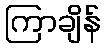
ကြာချိန်